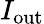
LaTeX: I_{\mathrm{out}}